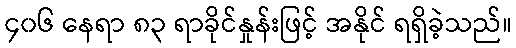
၄၀၆ နေရာ ၈၃ ရာခိုင်နှုန်းဖြင့် အနိုင် ရရှိခဲ့သည်။